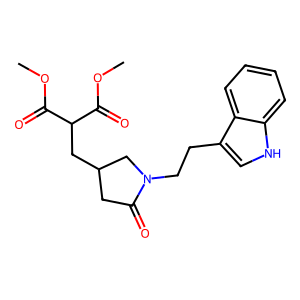
SMILES: COC(=O)C(CC1CC(=O)N(CCc2c[nH]c3ccccc23)C1)C(=O)OC
Inhibits HIV replication: No